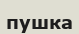
пушка